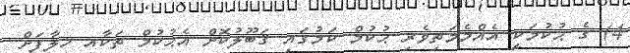
4) ގެ ޙުކުމަކީ އެއްމެމަތިވެރި ޙުކުމް ކަމުގައި ޤަބޫލުކޮށް އެޙުކުމް ތަކާއި ޚިލާފަށް